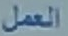
العمل